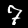
Label: 7